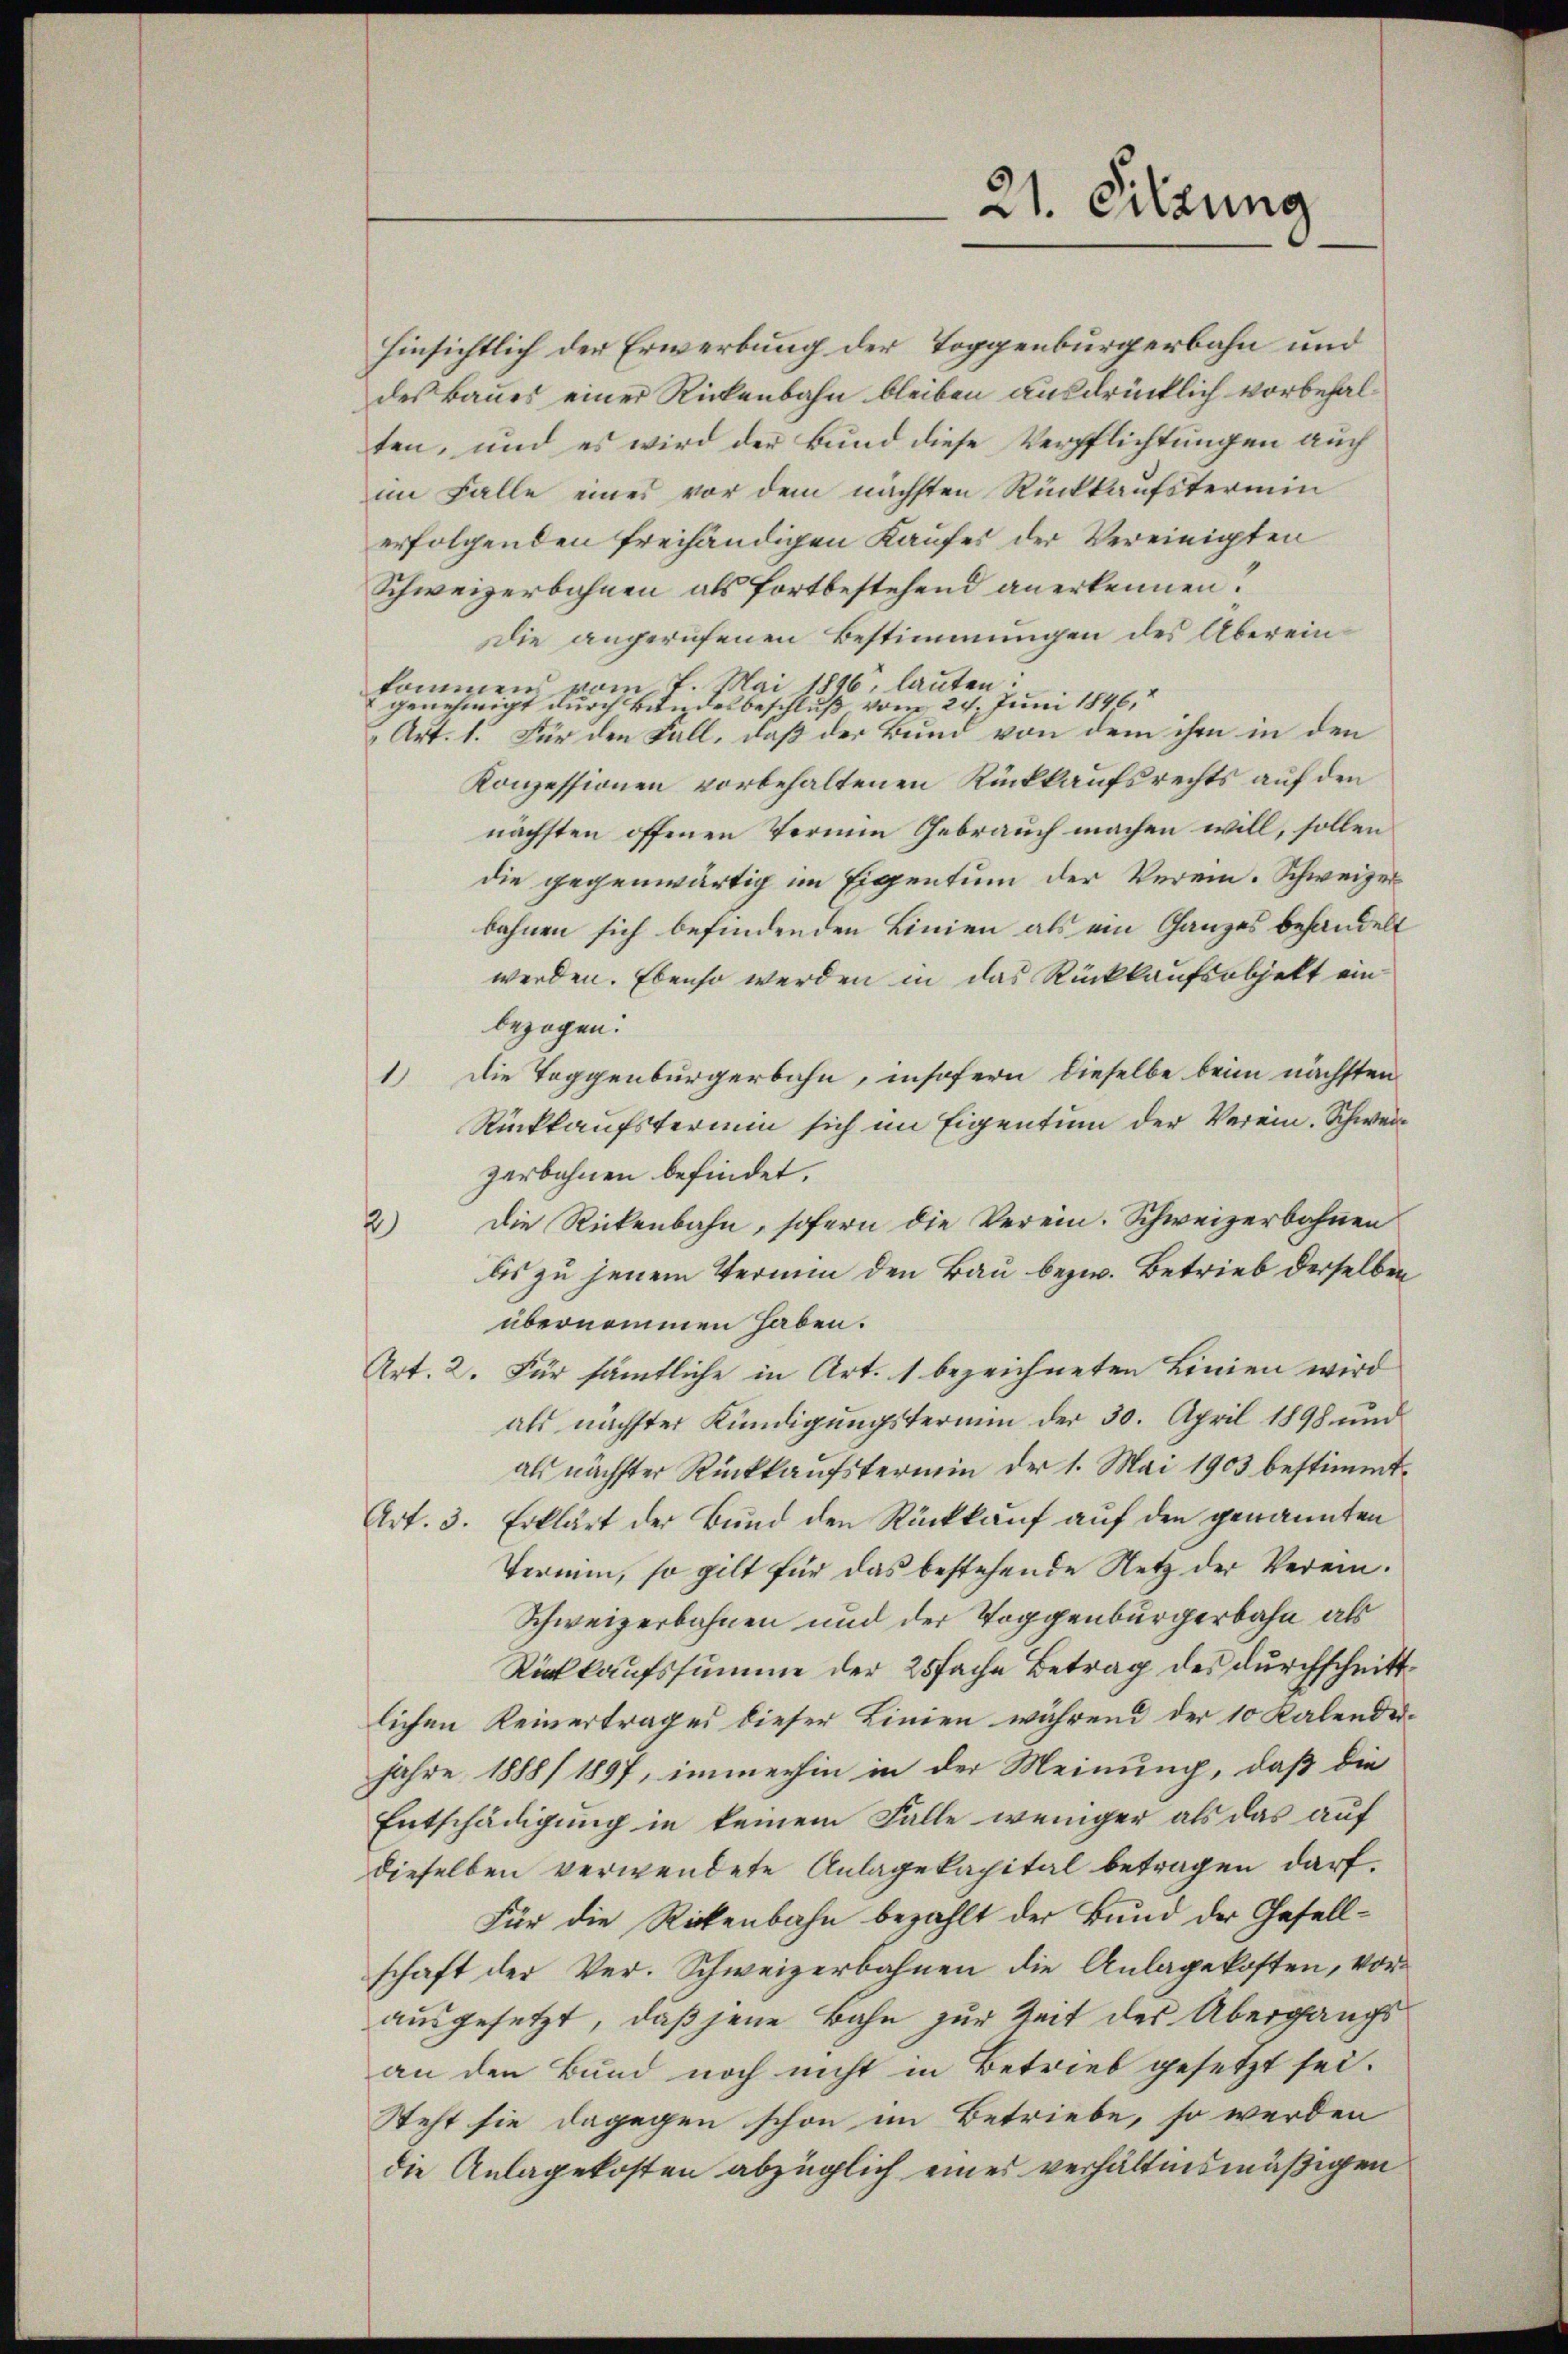
Hinsichtlich der Erwerbung der Toggenbürgerbahn und
des Baues einer Rickenbahn bleiben ausdrücklich vorbehalten, und es wird der Bund diese Verpflichtungen auch
im Falle eines vor dem nächsten Rückkaufstermin
erfolgenden freihändigen Kaufes der Vereinigten
Schweizerbahnen als fortbestehend anerkennen.
Die angerufenen Bestimmungen des Übereinkommen vom 7. Mai 1846, lauten:
genehmigt durch Bundesbeschluß vom 24 Juni 1846,
Art. 1. Für den Fall, daß der Bund von dem ihm in den
Konzessionen vorbehaltenen Rückkaufsrechts auf den
nächsten offenen Termin Gebrauch machen will, sollen
die gegenwärtig im Eigentum der Verein. Schweizer
bahnen sich befindenden Linien als ein Ganzes behandelt
werden. Ebenso werden in das Rückkaufsobjekt einbezogen.
1.) Die Toggenbürgerbahn, insofern dieselbe beim nächsten
Rückkaufstermin sich im Eigentum der Verein. Schweizerbahnen befindet.
Die Rickenbahn, sofern die Verein. Schweizerbahnen
)
bis zu jenem Vermin den Bau bezw. Betrieb derselben
übernommen haben.
Art. 2. Für sämtliche in Art. 1 bezeichneten Linien wird
als nächster Kündigungstermin der 30. April 1898 und
als nächster Rückkaufstermin der 1. Mai 1903 bestimmt.
Art. 3. Erklärt der Bund den Rückkauf auf den genannten
Termin, so gilt für das bestehende Netz der Verein¬
Schweizerbahnen und der Toggenburgerbahn als
Rückkaufssumme der 25fache Betrag des durchschnittlichen Reinertrages dieser Linien während der 10 Kalenderjahre 1888/ 1897, immerhin in der Meinung, daß die
Entschädigung in keinem Falle weniger als das auf
dieselben verwendete Anlagekapital betragen darf.
Für die Rickenbahn bezahlt der Bund der Gesellschaft der Ver-Schweizerbahnen die Anlagekosten, vorausgesetzt, daß jene Bahn zur Zeit des Übergangsan den Bund noch nicht in Betrieb gesetzt sei.
Steht sie dagegen schon im Betriebe, so werden
die Anlagekosten abzüglich eines verhältnismäßigen

21. Sitzung